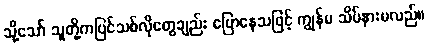
သို့သော် သူတို့ကပြင်သစ်လိုတွေချည်း ပြောနေသဖြင့် ကျွန်မ သိပ်နားမလည်။